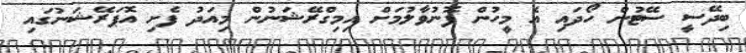
ބިދޭސީ ސޭޓުން ހޯދައި އެ މީހުން ފޮނުވާލުމަށް އިމިގްރޭޝަނުން މިއަދު ފެށި އޮޕަރޭޝަނުގައި